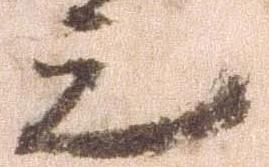
上